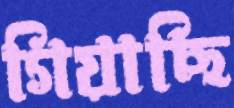
গিয়াছি